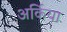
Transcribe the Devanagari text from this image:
अर्किया